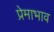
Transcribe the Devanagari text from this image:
प्रेमाभाव